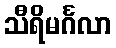
သီရိမင်္ဂလာ